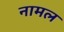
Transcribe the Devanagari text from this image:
नामल